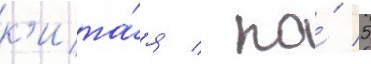
к'ита́я / по́ 5